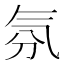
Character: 氛